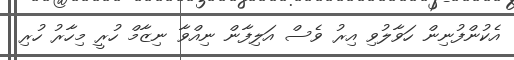
އެކުންފުނިން ހަވާލުވި އިރު ވެސް އަލިފާން ނިއްވާ ނިޒާމް ހުރީ މިހާރު ހުރި